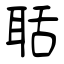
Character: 聒